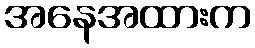
အနေအထားက